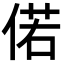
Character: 偌